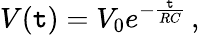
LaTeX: V(\mathtt{t})=V_{0}e^{-{\frac{{\mathtt{t}}}{{RC}}}}\, ,